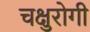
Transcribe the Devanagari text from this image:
चक्षुरोगी